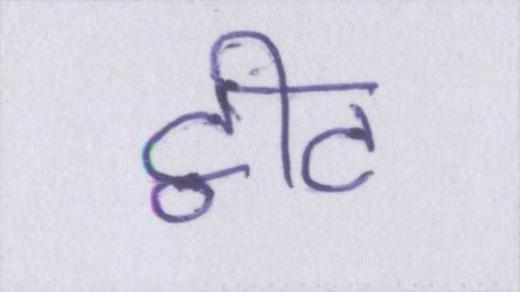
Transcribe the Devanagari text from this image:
ट्वीट